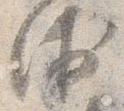
衛